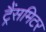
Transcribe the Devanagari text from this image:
ट्रैंसमिटर